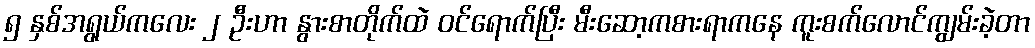
၅ နှစ်အရွယ်ကလေး ၂ ဦးဟာ နွားစာတိုက်ထဲ ဝင်ရောက်ပြီး မီးဆော့ကစားရာကနေ ကူးစက်လောင်ကျွမ်းခဲ့တာ